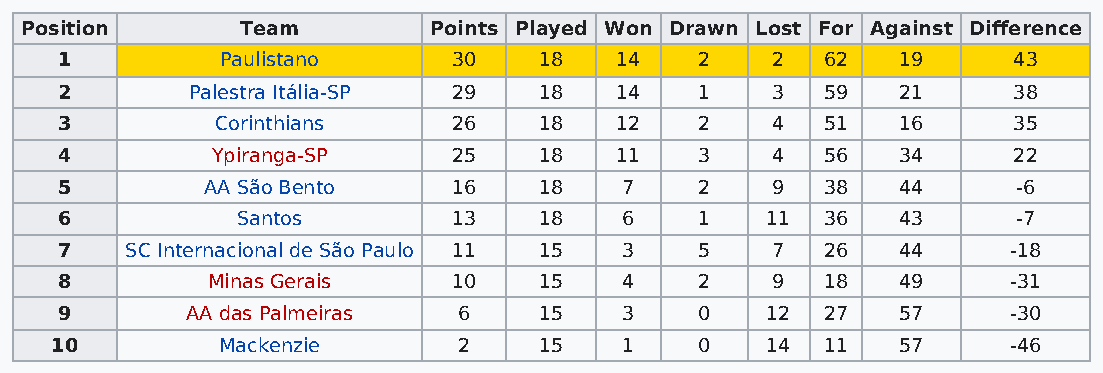
Position       Team        Points Played Won Drawn Lost For Against Difference
 1          Paulistano     30    18   14   2    2  62   19      43
 2       Palestra Itália-SP 29   18   14   1    3  59   21      38
 3         Corinthians     26    18   12   2    4  51   16      35
 4         Ypiranga-SP     25    18   11   3    4  56   34      22
 5         AA São Bento    16    18   7    2    9  38   44      -6
 6           Santos        13    18   6    1    11 36   43      -7
 7   SC Internacional de São Paulo 11 15 3 5    7  26   44      -18
 8         Minas Gerais    10    15   4    2    9  18   49      -31
 9       AA das Palmeiras  6     15   3    0    12 27   57      -30
 10         Mackenzie       2     15   1    0    14 11   57      -46